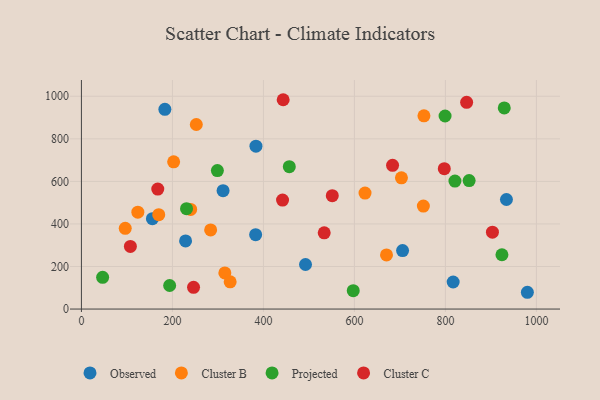
{"axis": {"x": "Experience", "y": "Salary"}, "legend": ["Cluster B", "Cluster C", "Observed", "Projected"], "data": [{"x": "183.4", "y": 938.5, "type": "Observed"}, {"x": "383.6", "y": 765.7, "type": "Observed"}, {"x": "705.8", "y": 274.7, "type": "Observed"}, {"x": "934.1", "y": 514.8, "type": "Observed"}, {"x": "492.5", "y": 209.4, "type": "Observed"}, {"x": "980.1", "y": 78.9, "type": "Observed"}, {"x": "382.9", "y": 349.4, "type": "Observed"}, {"x": "228.9", "y": 320.3, "type": "Observed"}, {"x": "817.0", "y": 127.3, "type": "Observed"}, {"x": "311.3", "y": 556.4, "type": "Observed"}, {"x": "156.0", "y": 424.9, "type": "Observed"}, {"x": "284.0", "y": 371.9, "type": "Cluster B"}, {"x": "169.9", "y": 443.7, "type": "Cluster B"}, {"x": "623.3", "y": 545.2, "type": "Cluster B"}, {"x": "315.2", "y": 170.0, "type": "Cluster B"}, {"x": "124.0", "y": 455.3, "type": "Cluster B"}, {"x": "252.5", "y": 867.3, "type": "Cluster B"}, {"x": "202.7", "y": 691.8, "type": "Cluster B"}, {"x": "240.1", "y": 468.4, "type": "Cluster B"}, {"x": "752.8", "y": 908.0, "type": "Cluster B"}, {"x": "96.3", "y": 379.4, "type": "Cluster B"}, {"x": "703.3", "y": 616.9, "type": "Cluster B"}, {"x": "326.9", "y": 128.2, "type": "Cluster B"}, {"x": "670.5", "y": 254.6, "type": "Cluster B"}, {"x": "751.5", "y": 484.2, "type": "Cluster B"}, {"x": "231.0", "y": 472.0, "type": "Projected"}, {"x": "298.8", "y": 650.8, "type": "Projected"}, {"x": "46.6", "y": 149.0, "type": "Projected"}, {"x": "820.9", "y": 601.4, "type": "Projected"}, {"x": "852.1", "y": 604.0, "type": "Projected"}, {"x": "924.2", "y": 255.3, "type": "Projected"}, {"x": "597.4", "y": 86.5, "type": "Projected"}, {"x": "799.2", "y": 907.3, "type": "Projected"}, {"x": "929.3", "y": 945.2, "type": "Projected"}, {"x": "193.9", "y": 110.8, "type": "Projected"}, {"x": "456.9", "y": 669.2, "type": "Projected"}, {"x": "443.4", "y": 983.8, "type": "Cluster C"}, {"x": "551.3", "y": 533.1, "type": "Cluster C"}, {"x": "903.3", "y": 361.3, "type": "Cluster C"}, {"x": "533.6", "y": 358.3, "type": "Cluster C"}, {"x": "442.0", "y": 512.3, "type": "Cluster C"}, {"x": "167.8", "y": 564.0, "type": "Cluster C"}, {"x": "797.5", "y": 660.0, "type": "Cluster C"}, {"x": "107.6", "y": 294.4, "type": "Cluster C"}, {"x": "846.6", "y": 971.7, "type": "Cluster C"}, {"x": "246.4", "y": 102.1, "type": "Cluster C"}, {"x": "683.8", "y": 675.7, "type": "Cluster C"}]}